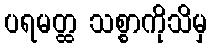
ပရမတ္ထ သစ္စာကိုသိမှ